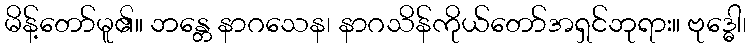
မိန့်တော်မူ၏။ ဘန္တေ နာဂသေန၊ နာဂသိန်ကိုယ်တော်အရှင်ဘုရား။ ဗုဒ္ဓေါ၊